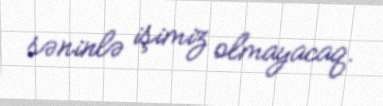
səninlə işimiz olmayacaq.